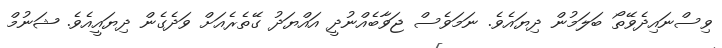
ވިސްނައިދެވޭތޯ ބަލަމުން ދިޔައެވެ. ނަމަވެސް ޖަވާބެއްނުދީ އައްޔަދު ގޭތެރެއަށް ވަދެގެން ދިޔައީއެވެ. ޝަނުމް